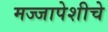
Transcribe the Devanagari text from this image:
मज्जापेशीचे